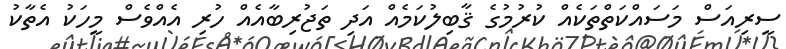
ސީރިއަސް މަސައްކަތްތަކެއް ކުރުމުގެ ޤާބިލުކަމެއް އަދި ތަޖުރިބާއެއް ހުރި އެއްވެސް މީހަކު އެތާކު